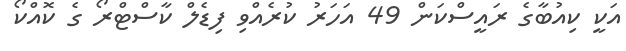
އަކީ ކިއުބާގެ ރައީސްކަން 49 އަހަރު ކުރެއްވި ފިޑެލް ކާސްޓްރޯ ގެ ކޮއްކޯ